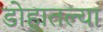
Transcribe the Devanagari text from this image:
डोहातल्या